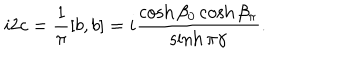
LaTeX: i 2 c = \frac { 1 } { \pi } [ b , b ] = i \frac { \cosh \beta _ { 0 } \cosh \beta _ { \pi } } { \sinh \pi \gamma } .